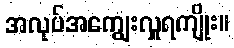
အလုပ်အကျွေးလှူရကျိုး။